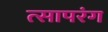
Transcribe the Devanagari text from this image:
त्सापरंग